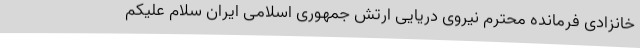
خانزادی فرمانده محترم نیروی دریایی ارتش جمهوری اسلامی ایران سلام علیکم